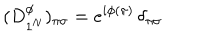
LaTeX: ( D _ { 1 ^ { N } } ^ { \phi } ) _ { \pi \sigma } = e ^ { i \phi ( \pi ) } \, \delta _ { \pi \sigma }